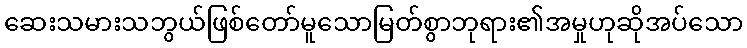
ဆေးသမားသဘွယ်ဖြစ်တော်မူသောမြတ်စွာဘုရား၏အမှုဟုဆိုအပ်သော